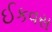
ઈકવસ